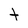
Character: t